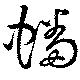
蟠